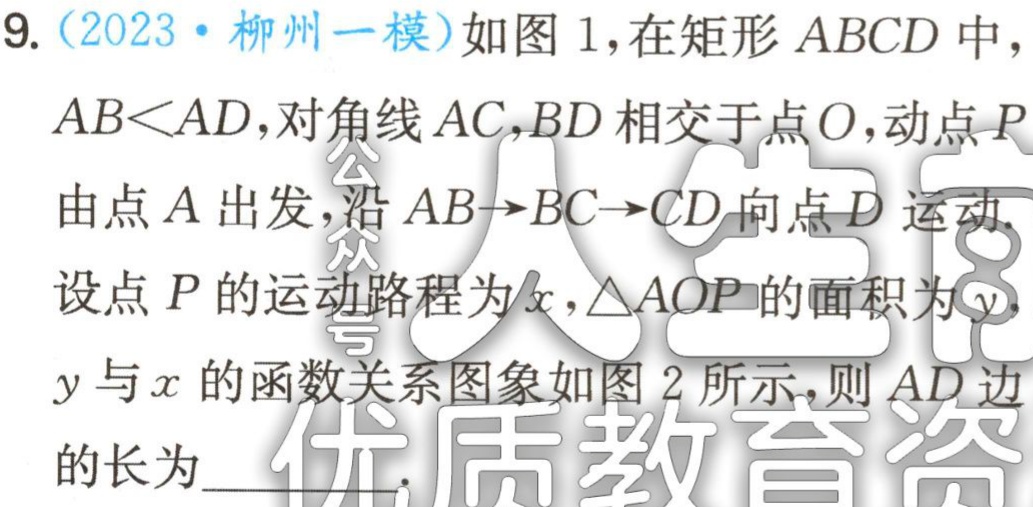
9.（2023·柳州一模）如图1，在矩形 \(ABCD\) 中，

\(AB<AD\)，对角线 \(AC,BD\) 相交于点 \(O\)，动点 \(P\)

由点 \(A\) 出发，沿 \(AB\rightarrow BC\rightarrow CD\) 向点 \(D\) 运动.

设点 \(P\) 的运动路程为 \(x\)，\(\triangle AOP\) 的面积为 \(y\).

\(y\) 与 \(x\) 的函数关系图象如图2所示，则 \(AD\) 边

的长为___.